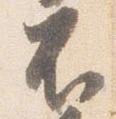
不